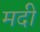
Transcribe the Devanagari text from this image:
मदी